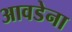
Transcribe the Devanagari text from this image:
आवडेना